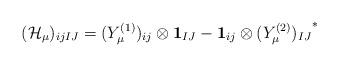
LaTeX: \begin{align*}({\cal H}_\mu)_{ijIJ}=(Y_\mu^{(1)})_{ij}\otimes{\bf 1}_{IJ}- {\bf 1}_{ij}\otimes{(Y_\mu^{(2)})_{IJ}}^*\end{align*}